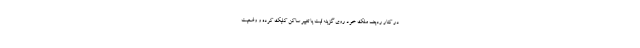
در کنار ردیف ملک خود روی گزینه ثبت یا تغییر ساکن کلیک کرده و وضعیت